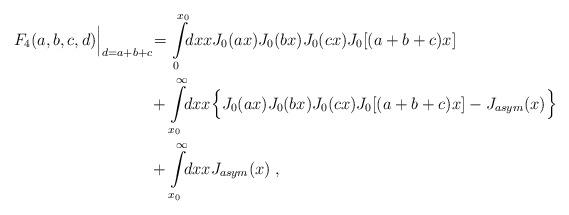
LaTeX: \begin{align*}F_4(a,b,c,d) \Big|_{d=a+b+c} \!&= \int\limits_0^{x_0} \!\! dx xJ_0(ax) J_0(bx) J_0(cx) J_0[(a+b+c)x] \\&+ \int\limits_{x_0}^{\infty} \!\! dx x \Big\{ J_0(ax) J_0(bx)J_0(cx) J_0[(a+b+c)x] - J_{asym} (x) \Big\} \\&+ \int\limits_{x_0}^{\infty} \!\! dx x J_{asym} (x)\;,\end{align*}